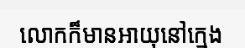
លោកក៏មានអាយុនៅក្មេង